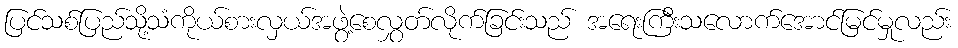
ပြင်သစ်ပြည်သို့သံကိုယ်စားလှယ်အဖွဲ့စေလွှတ်လိုက်ခြင်းသည် အရေးကြီးသလောက်အောင်မြင်မှုလည်း